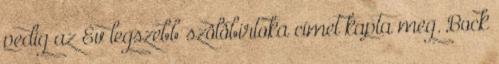
pedig az Év legszebb szôlôbirtoka címet kapta meg. Bock